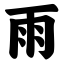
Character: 雨